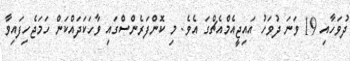
ދުވަހާއި 19 ވަނަ ދުވަހު އައިޖީއެމްއެޗްގަ އެވެ. މި ކޮންފަރެންސްގައި ވާހަކަދައްކަން ހަމަޖެހިފައިވާ